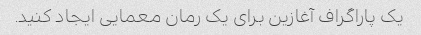
یک پاراگراف آغازین برای یک رمان معمایی ایجاد کنید.